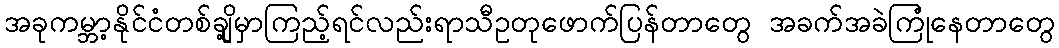
အခုကမ္ဘာ့နိုင်ငံတစ်ချို့မှာကြည့်ရင်လည်းရာသီဥတုဖောက်ပြန်တာတွေ အခက်အခဲကြုံနေတာတွေ